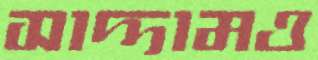
সাদ্দামও